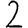
Digit: 2